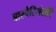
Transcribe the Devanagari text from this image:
बारबेरियंसदि